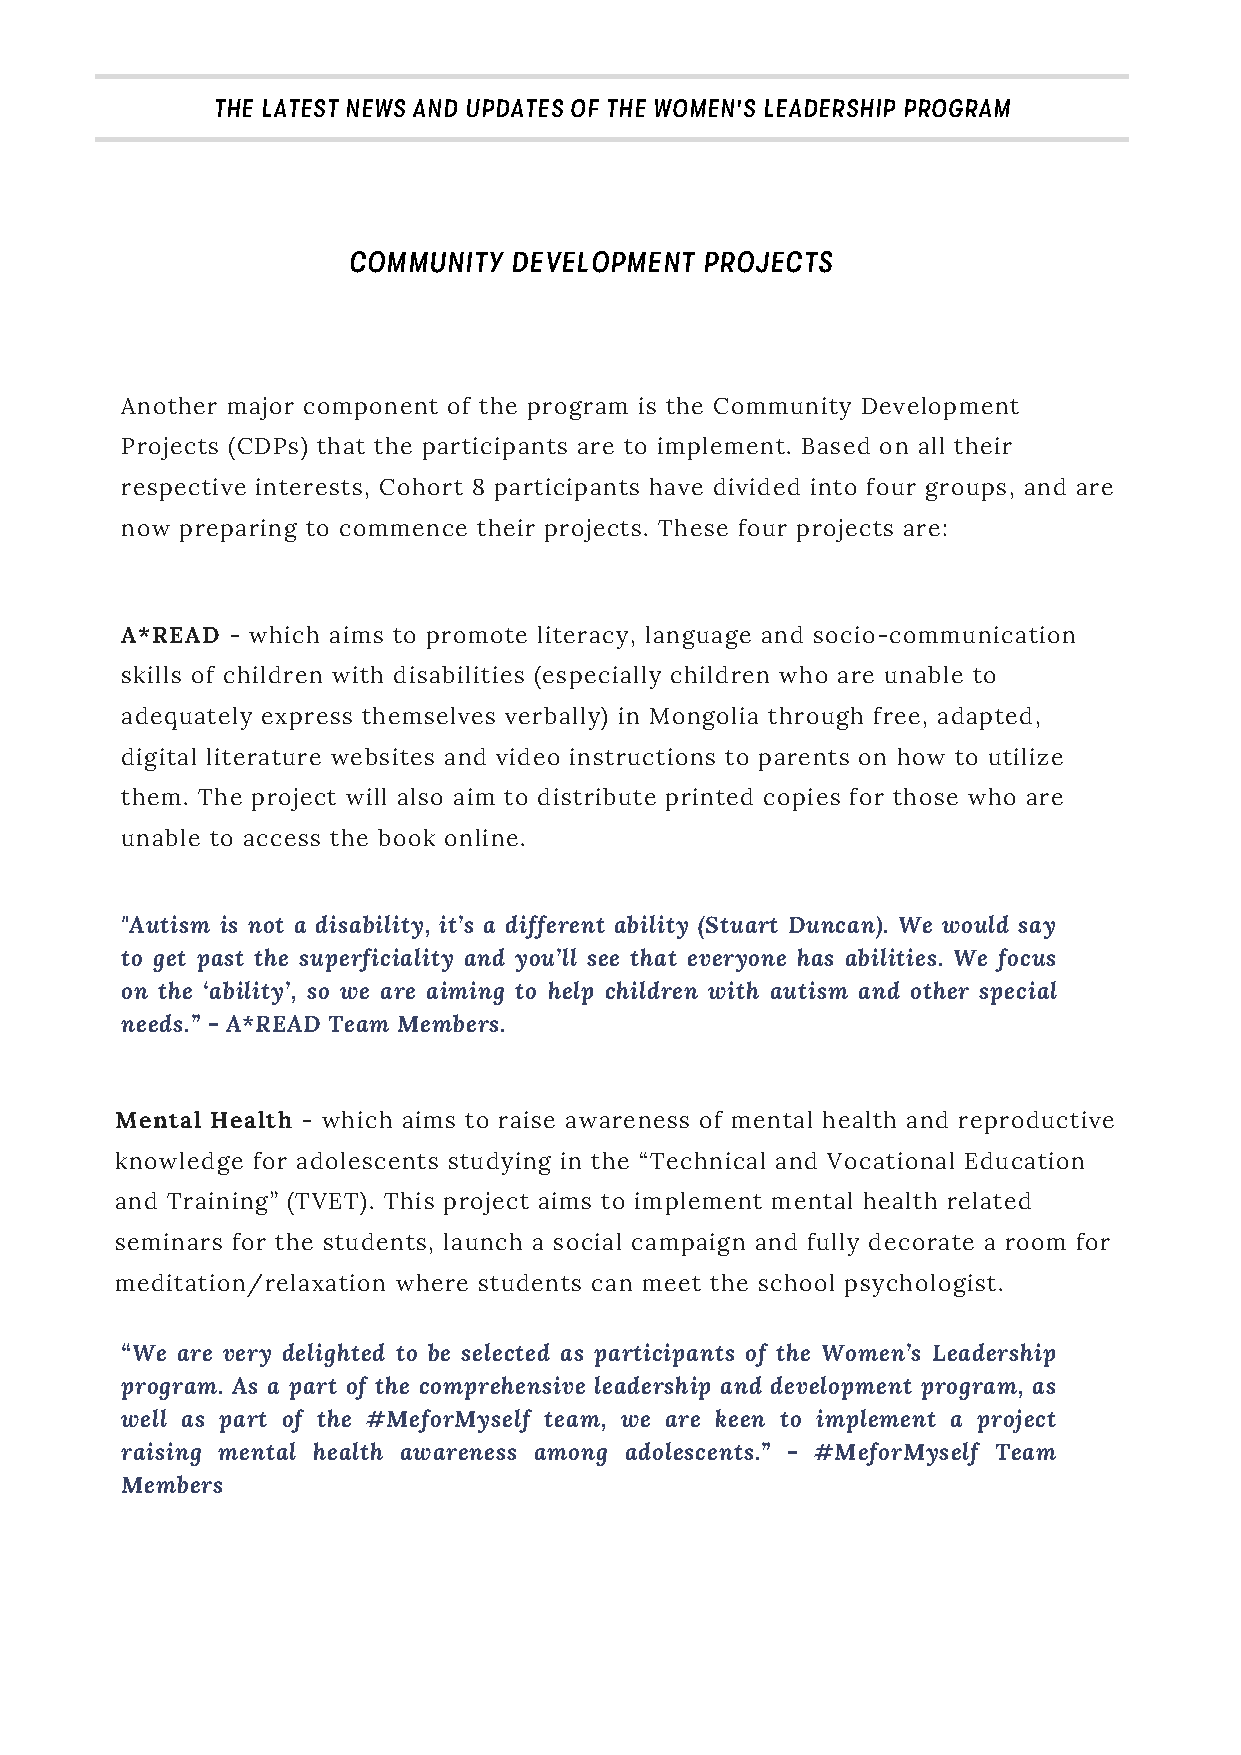
THE LATEST NEWS AND UPDATES OF THE WOMEN'S LEADERSHIP PROGRAM
 COMMUNITY  DEVELOPMENT PROJECTS
 Another major component of the program is the Community Development
 Projects (CDPs) that the participants are to implement. Based on all their
 respective interests, Cohort 8 participants have divided into four groups, and are
 now preparing to commence their projects. These four projects are:
 A*READ - which aims to promote literacy, language and socio-communication
 skills of children with disabilities (especially children who are unable to
 adequately express themselves verbally) in Mongolia through free, adapted,
 digital literature websites and video instructions to parents on how to utilize
 them. The project will also aim to distribute printed copies for those who are
 unable to access the book online.
 "Autism is not a disability, it’s a different ability (Stuart Duncan). We would say
 to get past the superficiality and you’ll see that everyone has abilities. We focus
 on the ‘ability’, so we are aiming to help children with autism and other special
 needs.” - A*READ Team Members.
 Mental Health - which aims to raise awareness of mental health and reproductive
 knowledge for adolescents studying in the “Technical and Vocational Education
 and Training” (TVET). This project aims to implement mental health related
 seminars for the students, launch a social campaign and fully decorate a room for
 meditation/relaxation where students can meet the school psychologist.
 “We are very delighted to be selected as participants of the Women’s Leadership
 program. As a part of the comprehensive leadership and development program, as
 well as part of the #MeforMyself team, we are keen to implement a project
 raising mental health awareness among adolescents.” - #MeforMyself Team
 Members